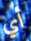
أي